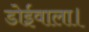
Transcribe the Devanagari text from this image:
डोईवाला।